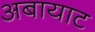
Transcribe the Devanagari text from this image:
अबायाट